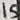
Text: 15